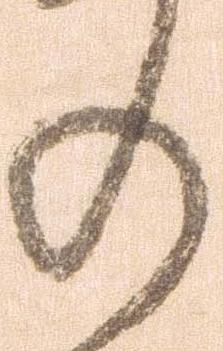
の